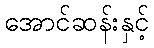
အောင်ဆန်းနှင့်